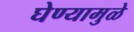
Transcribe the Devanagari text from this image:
घेण्यामुळे